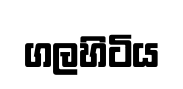
ගලහිටිය